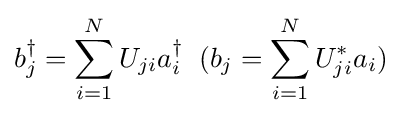
b_{j}^{\dagger }=\sum _{i=1}^{N}U_{ji}a_{i}^{\dagger }\;\;(b_{j}=\sum _{i=1}^{N}U_{ji}^{*}a_{i})